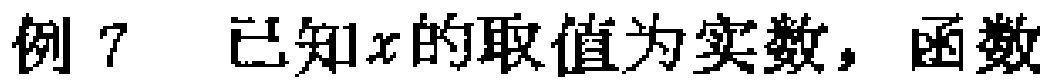
例 7 已知\(x\)的取值为实数，函数